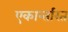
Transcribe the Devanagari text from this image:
एकान्तरित